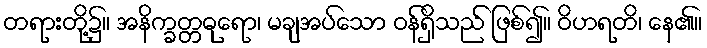
တရားတို့၌။ အနိက္ခတ္တဓုရော၊ မချအပ်သော ဝန်ရှိသည် ဖြစ်၍။ ဝိဟရတိ၊ နေ၏။